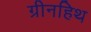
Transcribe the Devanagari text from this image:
ग्रीनहिथ